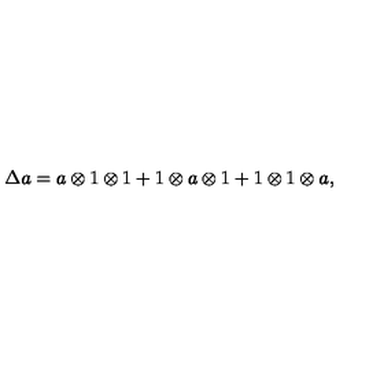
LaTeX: \Delta a = a \otimes 1 \otimes 1 + 1 \otimes a \otimes 1 + 1 \otimes 1 \otimes a ,